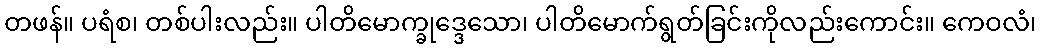
တဖန်။ ပရံစ၊ တစ်ပါးလည်း။ ပါတိမောက္ခုဒ္ဒေသော၊ ပါတိမောက်ရွတ်ခြင်းကိုလည်းကောင်း။ ကေဝလံ၊